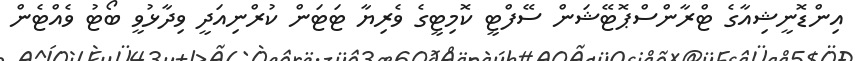
އިންޑޮނީޝިއާގެ ޓްރާންސްޕޮޓޭޝަން ސޭފްޓީ ކޮމިޓީގެ ވެރިޔާ ޓަޓަން ކުރްނިއަދީ ވިދާޅުވީ ބޯޓު ވެއްޓެން